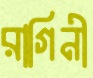
রাগিনী